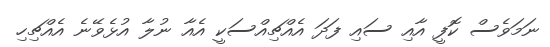
ނަމަވެސް ކޮފީ އާއި ސައި ފަދަ އެއްޗިއްސަކީ އެއާ ނުލާ އުޅެވޭނެ އެއްޗިހި